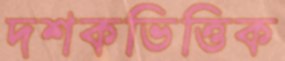
দশকভিত্তিক